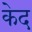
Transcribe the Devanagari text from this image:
केद